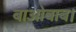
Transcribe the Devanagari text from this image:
बाओबाब।